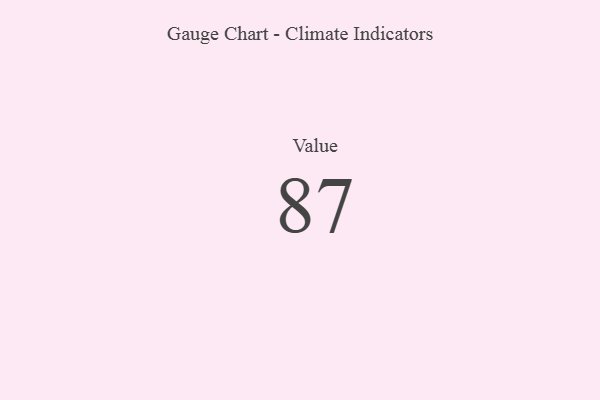
{"axis": {"x": "Metric", "y": "Value"}, "legend": [""], "data": [{"x": "Value", "y": 87, "type": ""}]}